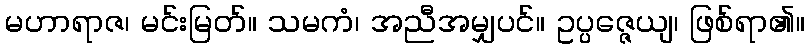
မဟာရာဇ၊ မင်းမြတ်။ သမကံ၊ အညီအမျှပင်။ ဥပ္ပဇ္ဇေယျ၊ ဖြစ်ရာ၏။